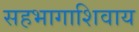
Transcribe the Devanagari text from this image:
सहभागाशिवाय